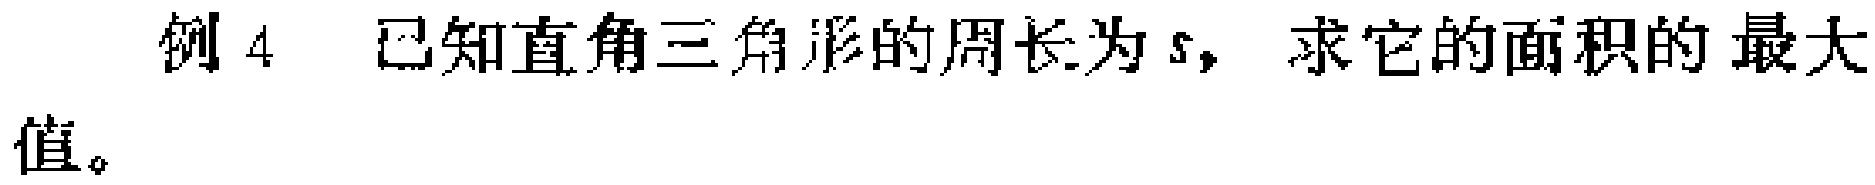
例4 已知直角三角形的周长为\(s\)，求它的面积的最大值。